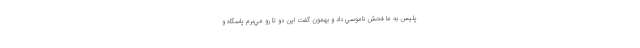
پليس به ما فحش ناموسي داد و بهمون گفت اين دو تا رو مي‌برم پاسگاه و